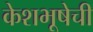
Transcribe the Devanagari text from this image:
केशभूषेची